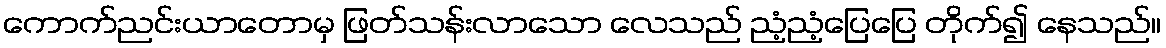
ကောက်ညင်းယာတောမှ ဖြတ်သန်းလာသော လေသည် ညံ့ညံ့ပြေပြေ တိုက်၍ နေသည်။